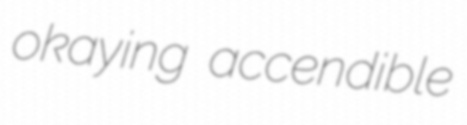
okaying accendible